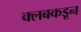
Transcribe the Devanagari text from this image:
क्‍लबकडून